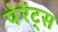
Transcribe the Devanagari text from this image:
पेरेंट्स